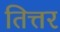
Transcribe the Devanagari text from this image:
तित्तर